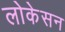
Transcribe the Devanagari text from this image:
लोकेसन